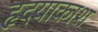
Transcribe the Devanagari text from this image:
हृदयाकाश